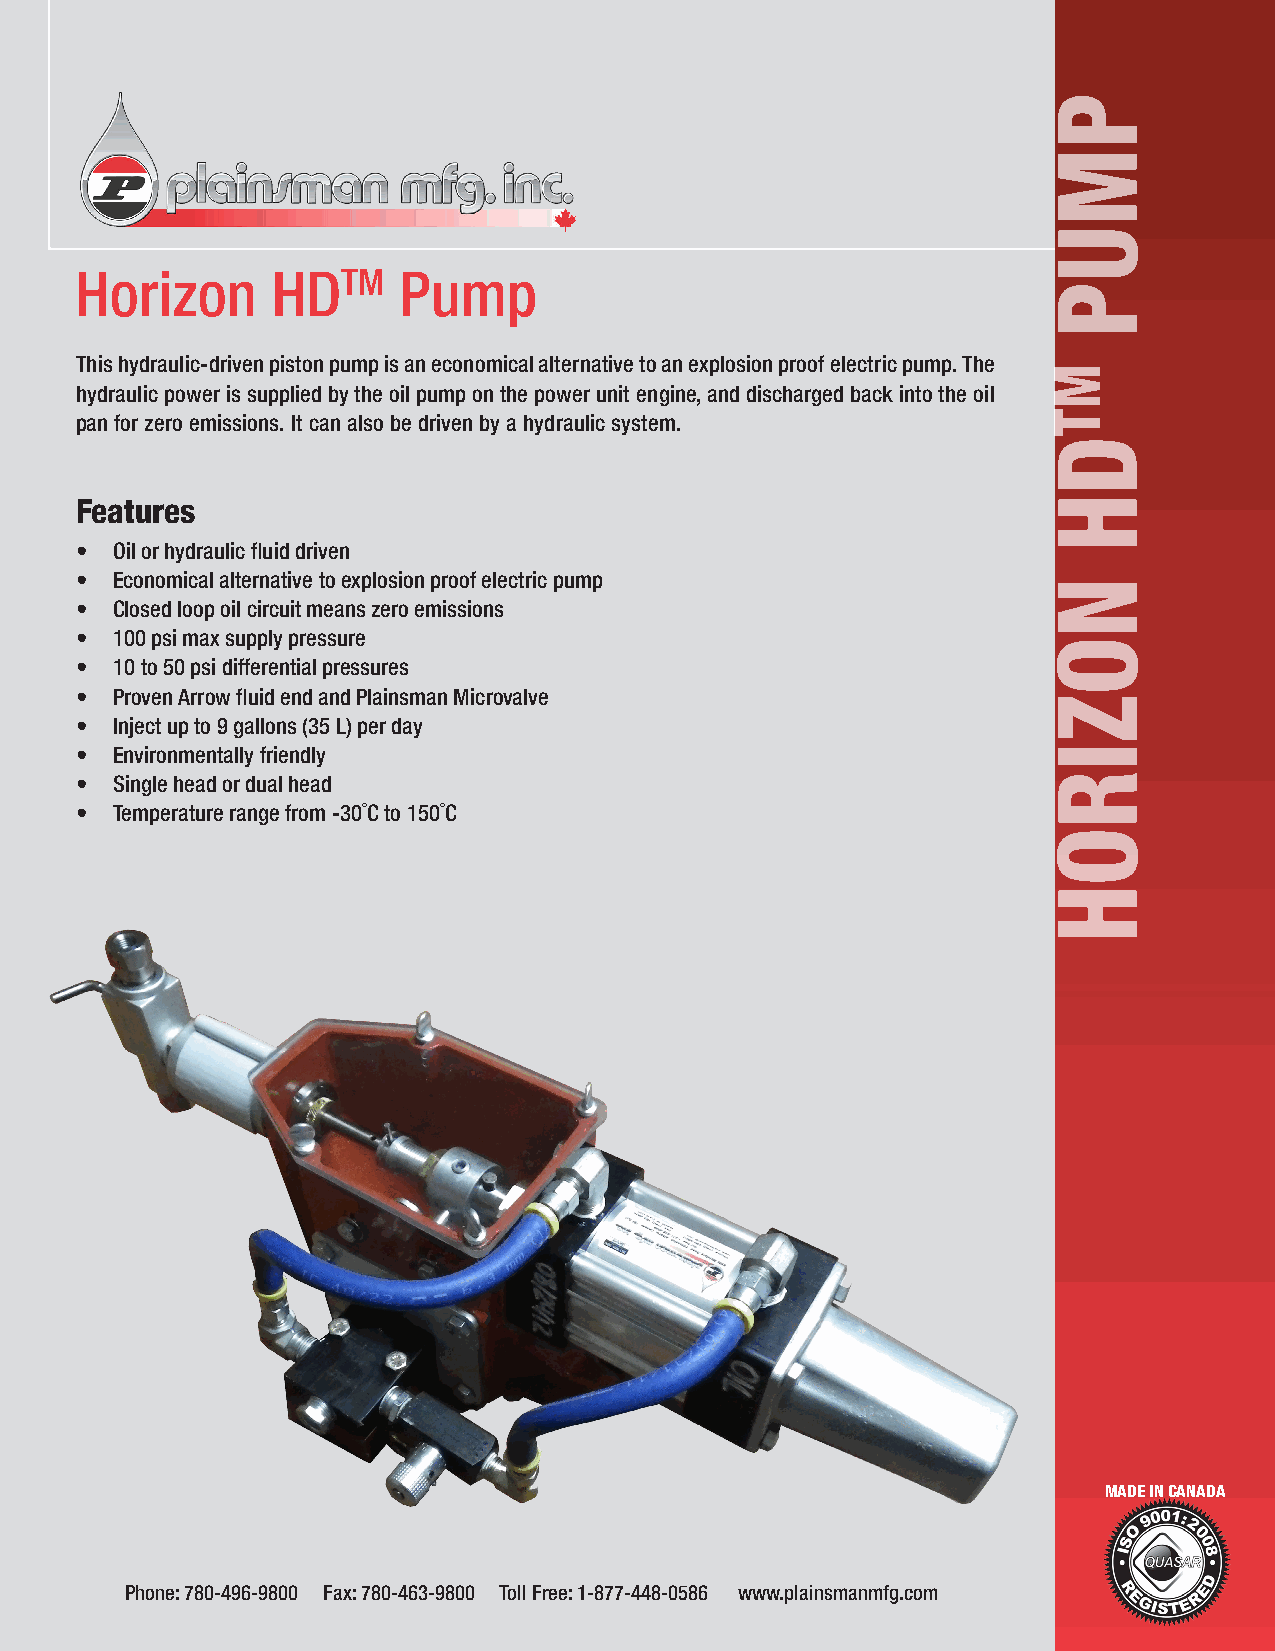
Horizon      HDTM    Pump
 This hydraulic-driven piston pump is an economical alternative to an explosion proof electric pump. The
 hydraulic power is supplied by the oil pump on the power unit engine, and discharged back into the oil
 pan for zero emissions. It can also be driven by a hydraulic system.
 Features
 • Oil or hydraulic fluid driven
 • Economical alternative to explosion proof electric pump
 • Closed loop oil circuit means zero emissions
 • 100 psi max supply pressure
 • 10 to 50 psi differential pressures
 • Proven Arrow fluid end and Plainsman Microvalve
 • Inject up to 9 gallons (35 L) per day
 • Environmentally friendly
 • Single head or dual head
 • Temperature range from -30˚C to 150˚C
 MADE IN CANADA
 Phone: 780-496-9800 Fax: 780-463-9800 Toll Free: 1-877-448-0586 www.plainsmanmfg.com
 PMUP
 MTDH
 NOZIROH